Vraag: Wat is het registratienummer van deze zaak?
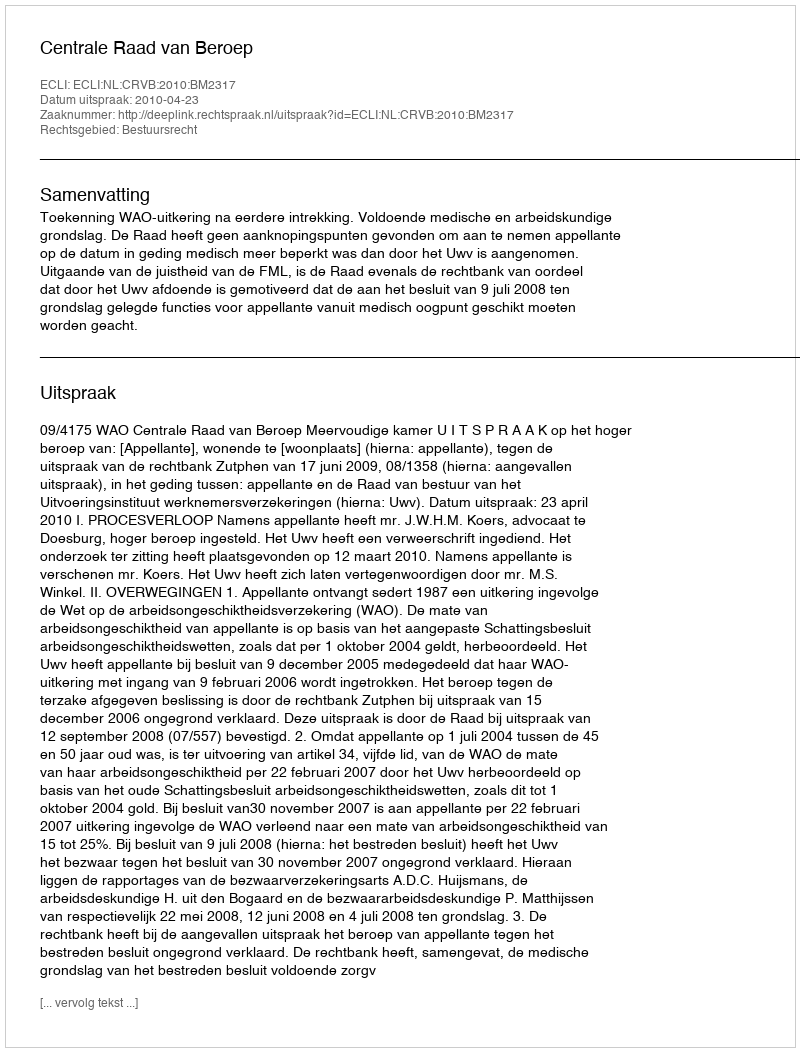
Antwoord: http://deeplink.rechtspraak.nl/uitspraak?id=ECLI:NL:CRVB:2010:BM2317